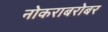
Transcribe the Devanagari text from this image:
नोकराबरोबर